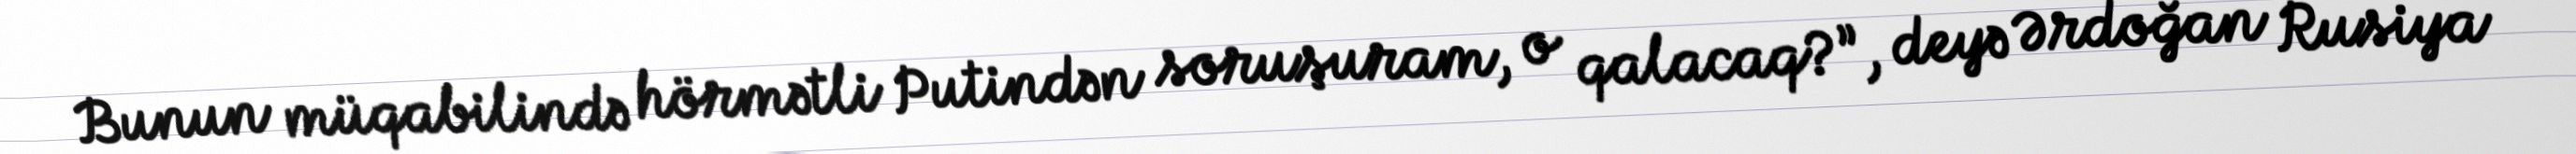
Bunun müqabilində hörmətli Putindən soruşuram, o qalacaq?”, deyə Ərdoğan Rusiya